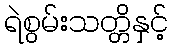
ရဲစွမ်းသတ္တိနှင့်